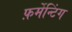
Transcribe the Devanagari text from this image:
फ़र्मेन्टिंग